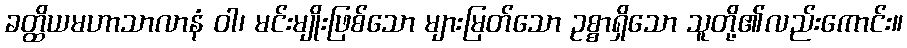
ခတ္ထိယမဟာသာလာနံ ဝါ၊ မင်းမျိုးဖြစ်သော များမြတ်သော ဥစ္စာရှိသော သူတို့၏လည်းကောင်း။